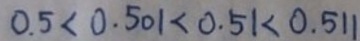
0 . 5 < 0 . 5 0 1 < 0 . 5 1 < 0 . 5 1 1